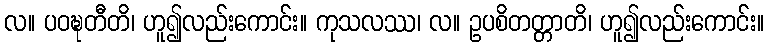
လ။ ပဝဍ္ဎတီတိ၊ ဟူ၍လည်းကောင်း။ ကုသလဿ၊ လ။ ဥပစိတတ္တာတိ၊ ဟူ၍လည်းကောင်း။